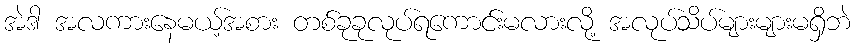
အဲဒါ အလကားနေမယ့်အစား တစ်ခုခုလုပ်ရကောင်းမလားလို့ အလုပ်သိပ်များများမရှိဘဲ